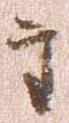
主